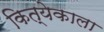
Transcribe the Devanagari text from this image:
कित्येकाला